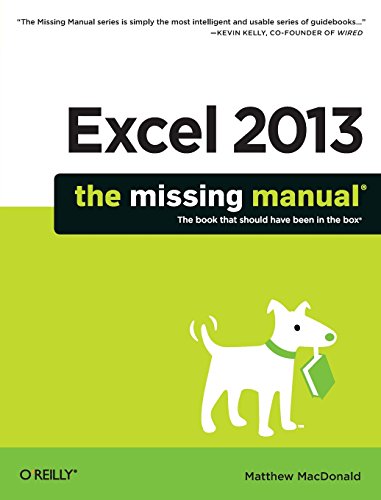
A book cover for Excel 2013: The Missing Manual; Matthew MacDonald; Computers & Technology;